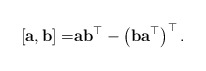
\begin{align*}[\mathbf{a},\mathbf{b}] = & \mathbf{a}\mathbf{b}^{\top} - \left(\mathbf{b}\mathbf{a}^{\top}\right)^{\top}.\end{align*}